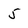
Character: 5